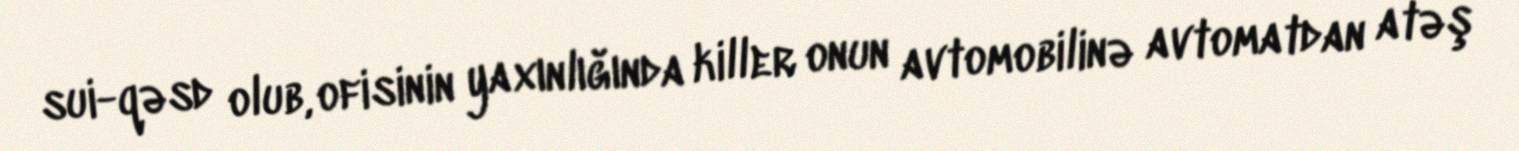
sui-qəsd olub, ofisinin yaxınlığında killer onun avtomobilinə avtomatdan atəş